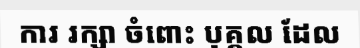
ការ រក្សា ចំពោះ បុគ្គល ដែល